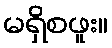
မရှိစဖူး။